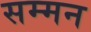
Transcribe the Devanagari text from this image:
सम्‍मन